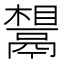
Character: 𬴷